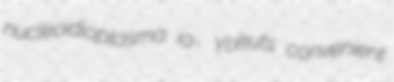
nucleoidioplasma ia- Yokuts convenient